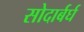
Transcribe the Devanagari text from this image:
सोदार्बर्घ